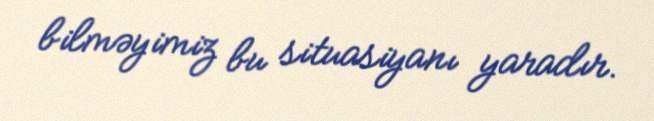
bilməyimiz bu situasiyanı yaradır.